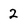
Character: 2